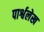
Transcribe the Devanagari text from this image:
पार्श्वलेख